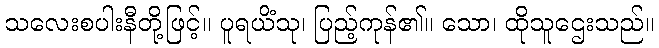
သလေးစပါးနီတို့ဖြင့်။ ပူရယိံသု၊ ပြည့်ကုန်၏။ သော၊ ထိုသူဌေးသည်။